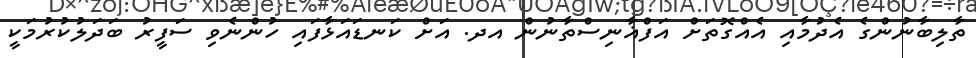
ތާލިބާނުންގެ އެދުމާއި އެއްގޮތަށް އަފްޣާނިސްތާނުން އދ. އަށް ކަނޑައަޅާފައި ހުންނެވި ސަފީރު ބަދަލުކުރުމަކީ